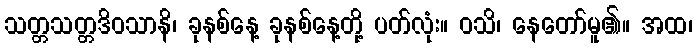
သတ္တသတ္တဒိဝသာနိ၊ ခုနစ်နေ့ ခုနစ်နေ့တို့ ပတ်လုံး။ ဝသိ၊ နေတော်မူ၏။ အထ၊